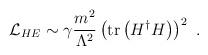
LaTeX: \begin{align*}{\cal L}_{HE} \sim \gamma {{m^2} \over {\Lambda^2}} \left( {\rm tr} \left( H^{\dag} H \right) \right)^2 \ .\end{align*}